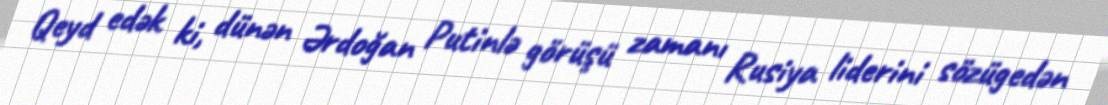
Qeyd edək ki, dünən Ərdoğan Putinlə görüşü zamanı Rusiya liderini sözügedən